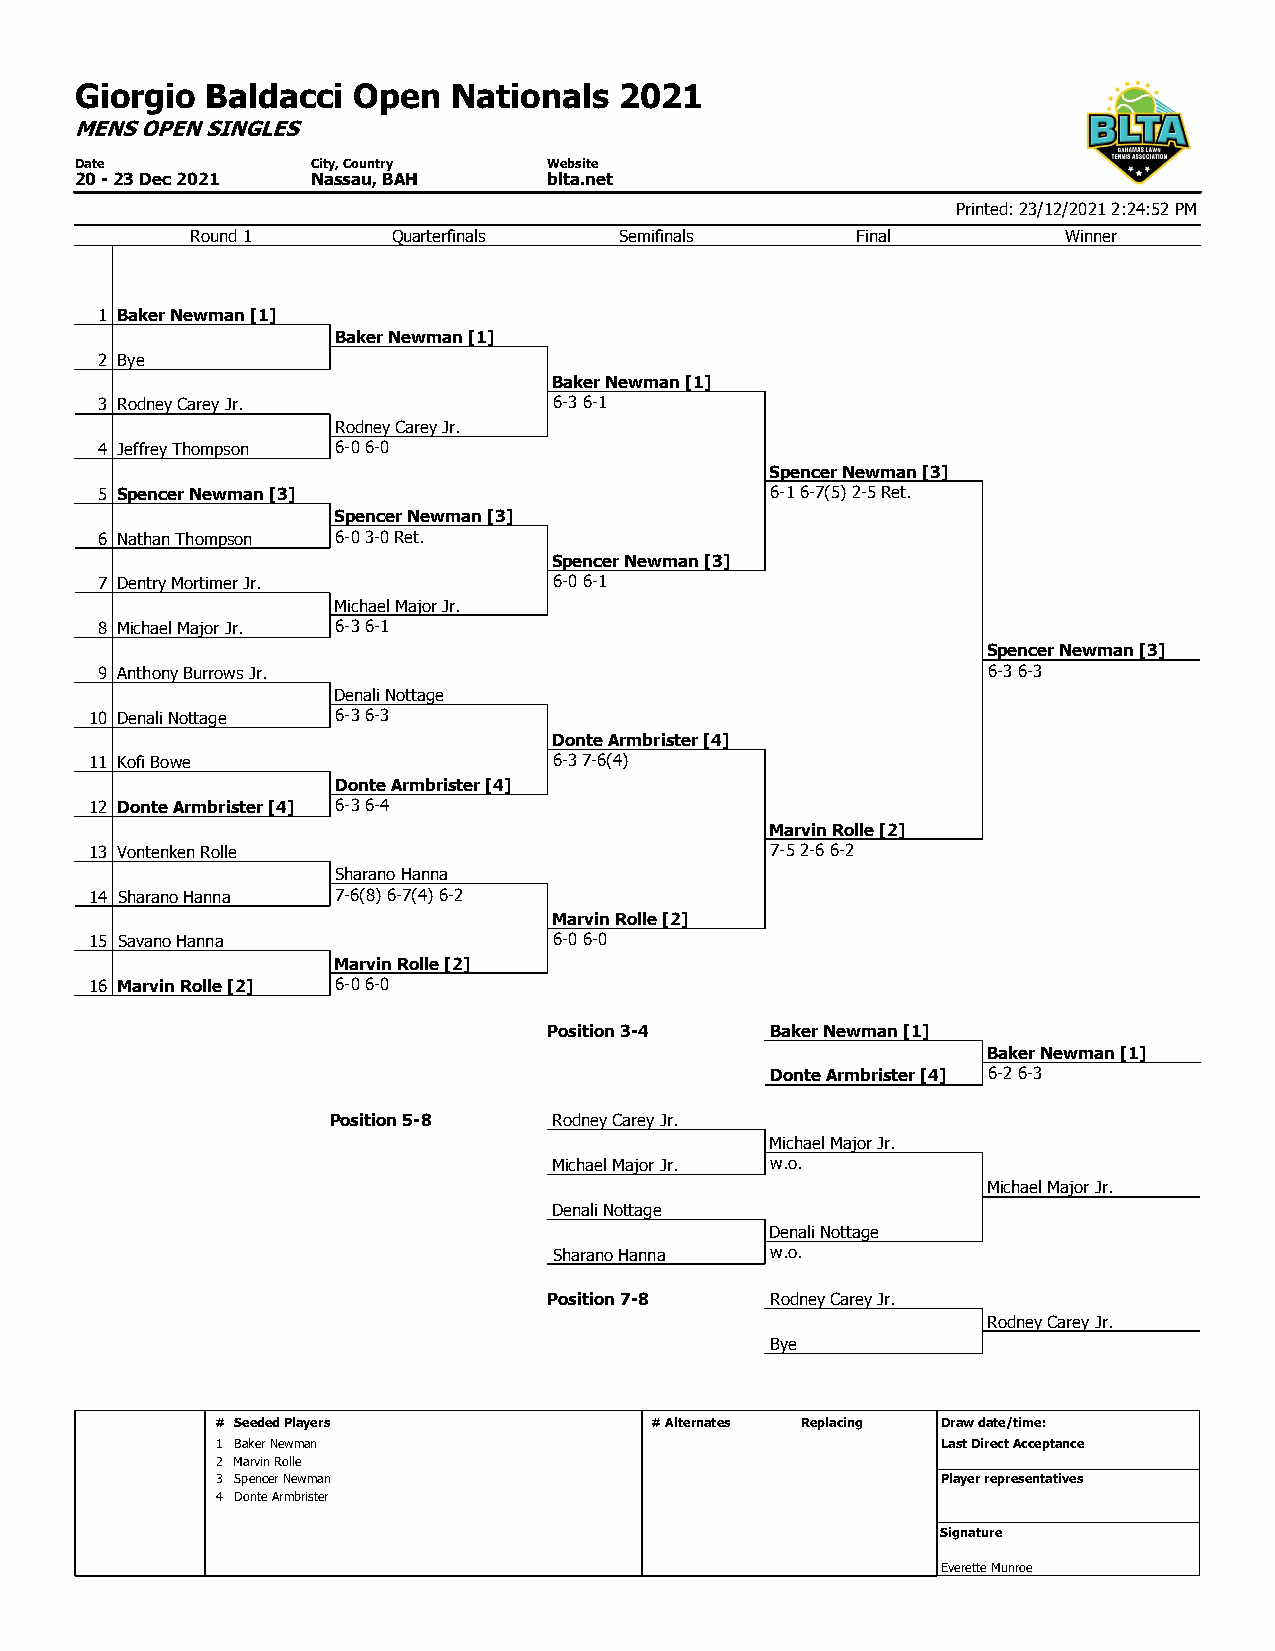
Giorgio  Baldacci Open   Nationals  2021
 MENS OPEN SINGLES
 Date            City, Country  Website
 20 - 23 Dec 2021 Nassau, BAH   blta.net
 Printed: 23/12/2021 2:24:52 PM
 Round 1      Quarterfinals  Semifinals      Final         Winner
 1 Baker Newman [1]
 Baker Newman [1]
 2 Bye
 Baker Newman [1]
 3 Rodney Carey Jr.             6-3 6-1
 Rodney Carey Jr.
 4 Jeffrey Thompson 6-0 6-0
 Spencer Newman [3]
 5 Spencer Newman [3]                         6-1 6-7(5) 2-5 Ret.
 Spencer Newman [3]
 6 Nathan Thompson 6-0 3-0 Ret.
 Spencer Newman [3]
 7 Dentry Mortimer Jr.          6-0 6-1
 Michael Major Jr.
 8 Michael Major Jr. 6-3 6-1
 Spencer Newman [3]
 9 Anthony Burrows Jr.                                      6-3 6-3
 Denali Nottage
 10 Denali Nottage 6-3 6-3
 Donte Armbrister [4]
 11 Kofi Bowe                   6-3 7-6(4)
 Donte Armbrister [4]
 12 Donte Armbrister [4] 6-3 6-4
 Marvin Rolle [2]
 13 Vontenken Rolle                           7-5 2-6 6-2
 Sharano Hanna
 14 Sharano Hanna 7-6(8) 6-7(4) 6-2
 Marvin Rolle [2]
 15 Savano Hanna                6-0 6-0
 Marvin Rolle [2]
 16 Marvin Rolle [2] 6-0 6-0
 Position 3-4   Baker Newman [1]
 Baker Newman [1]
 Donte Armbrister [4] 6-2 6-3
 Position 5-8   Rodney Carey Jr.
 Michael Major Jr.
 Michael Major Jr. w.o.
 Michael Major Jr.
 Denali Nottage
 Denali Nottage
 Sharano Hanna w.o.
 Position 7-8   Rodney Carey Jr.
 Rodney Carey Jr.
 Bye
 # Seeded Players             #Alternates Replacing Draw date/time:
 1 Baker Newman                                  Last Direct Acceptance
 2 Marvin Rolle
 3 Spencer Newman                                Player representatives
 4 Donte Armbrister
 Signature
 Everette Munroe